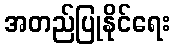
အတည်ပြုနိုင်ရေး